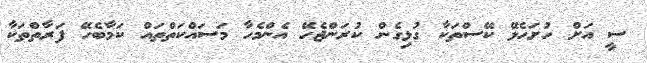
ސީ އަށް ހުށަހެޅޭ ކޭސްތަކާ ގުޅިގެން ކުރަންޖެހޭ އެންމެހާ މަސައްކަތްތައް ކަމާބެހޭ ފަރާތްތަކާ